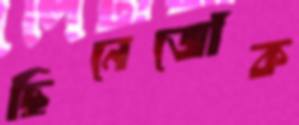
ছিনেজোঁক